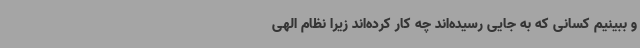
و ببینیم کسانی که به جایی رسیده‌اند چه کار کرده‌اند زیرا نظام الهی